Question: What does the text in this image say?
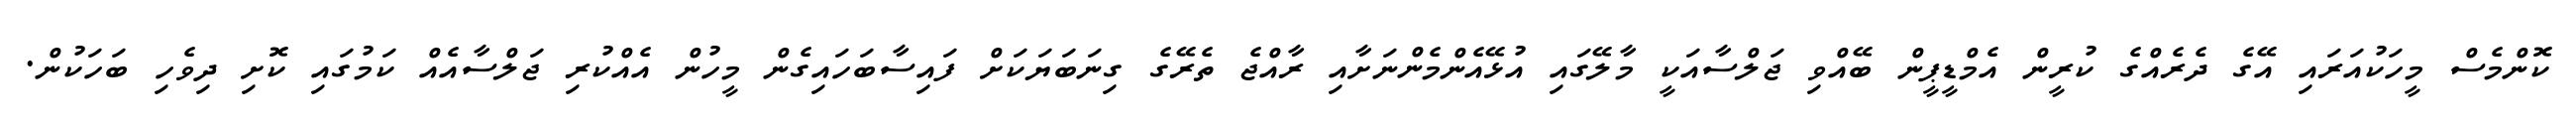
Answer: ކޮންމެސް މީހަކުއަރައި އޭގެ ދެރެއްގެ ކުރީން އެމްޑީޕީން ބޭއްވި ޖަލްސާއަކީ މާލޭގައި އުޅޭއެންމެންނަށާއި ރާއްޖެ ތެރޭގެ ގިނަބަޔަކަށް ފައިސާބަހައިގެން މީހުން އެއްކުރި ޖަލްސާއެއް ކަމުގައި ކޮށި ދިވެހި ބަހަކުން.